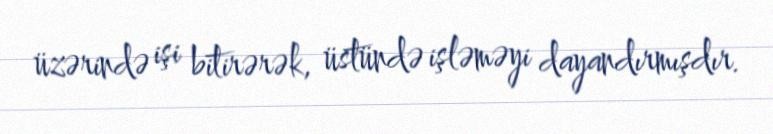
üzərində işi bitirərək, üstündə işləməyi dayandırmışdır.